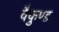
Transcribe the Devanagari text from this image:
वैकुण्ड